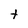
Character: t